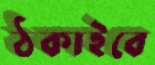
ঠকাইবে